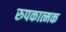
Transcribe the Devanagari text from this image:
रुपकात्मक